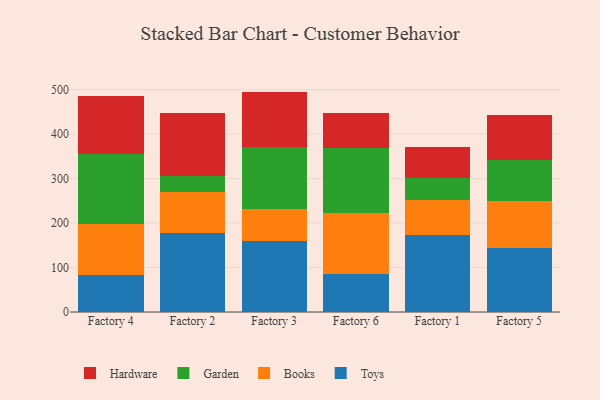
{"axis": {"x": "Factory", "y": "Operating Costs (USD K)"}, "legend": ["Books", "Garden", "Hardware", "Toys"], "data": [{"x": "Factory 4", "y": 84.3, "type": "Toys"}, {"x": "Factory 4", "y": 114.2, "type": "Books"}, {"x": "Factory 4", "y": 157.5, "type": "Garden"}, {"x": "Factory 4", "y": 130.1, "type": "Hardware"}, {"x": "Factory 2", "y": 177.4, "type": "Toys"}, {"x": "Factory 2", "y": 92.8, "type": "Books"}, {"x": "Factory 2", "y": 36.1, "type": "Garden"}, {"x": "Factory 2", "y": 141.4, "type": "Hardware"}, {"x": "Factory 3", "y": 159.6, "type": "Toys"}, {"x": "Factory 3", "y": 72.9, "type": "Books"}, {"x": "Factory 3", "y": 137.8, "type": "Garden"}, {"x": "Factory 3", "y": 125.5, "type": "Hardware"}, {"x": "Factory 6", "y": 85.3, "type": "Toys"}, {"x": "Factory 6", "y": 136.5, "type": "Books"}, {"x": "Factory 6", "y": 147.8, "type": "Garden"}, {"x": "Factory 6", "y": 77.5, "type": "Hardware"}, {"x": "Factory 1", "y": 172.7, "type": "Toys"}, {"x": "Factory 1", "y": 78.2, "type": "Books"}, {"x": "Factory 1", "y": 51.2, "type": "Garden"}, {"x": "Factory 1", "y": 69.5, "type": "Hardware"}, {"x": "Factory 5", "y": 143.7, "type": "Toys"}, {"x": "Factory 5", "y": 105.7, "type": "Books"}, {"x": "Factory 5", "y": 92.5, "type": "Garden"}, {"x": "Factory 5", "y": 101.5, "type": "Hardware"}]}